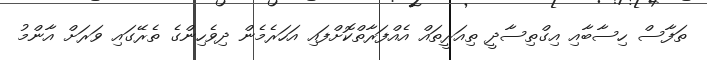
ތަފާސް ހިސާބާއި އިގްތިސާދީ ތިއަރީތައް އެއްފަރާތްކޮށްފައި އަހަރެމެން ދިވެހިންގެ ތެރޭގައި ވަރަށް އާންމު